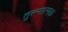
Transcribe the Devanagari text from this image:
तुल्नात्मक